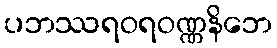
ပဘဿရဝရဝဏ္ဏနိဘေ